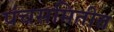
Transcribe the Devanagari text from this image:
पंचसमितीत